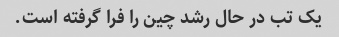
یک تب در حال رشد چین را فرا گرفته است.